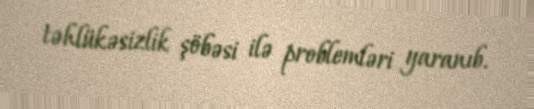
təhlükəsizlik şöbəsi ilə problemləri yaranıb.